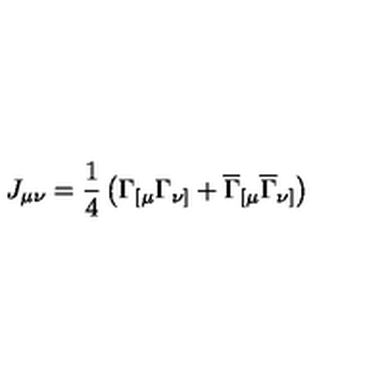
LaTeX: J _ { \mu \nu } = \frac 1 4 \left( \Gamma _ { [ \mu } \Gamma _ { \nu ] } + \overline { { \Gamma } } _ { [ \mu } \overline { { \Gamma } } _ { \nu ] } \right)